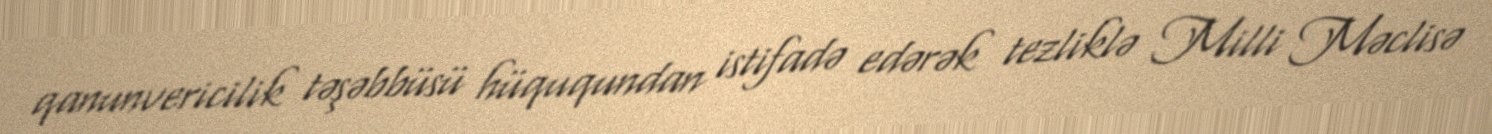
qanunvericilik təşəbbüsü hüququndan istifadə edərək tezliklə Milli Məclisə